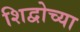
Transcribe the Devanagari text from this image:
शिद्वोच्या